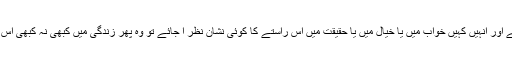
جن چند لوگوں کے دماغ کی بتّی روشن ہو جائے اور انہیں کہیں خواب میں یا خیال میں یا حقیقت میں اس راستے کا کوئی نشان نظر آ جائے تو وہ پھر زندگی میں کبھی نہ کبھی اس دروازے کو کھولنے میں کامیاب ہو جاتے ہیں۔